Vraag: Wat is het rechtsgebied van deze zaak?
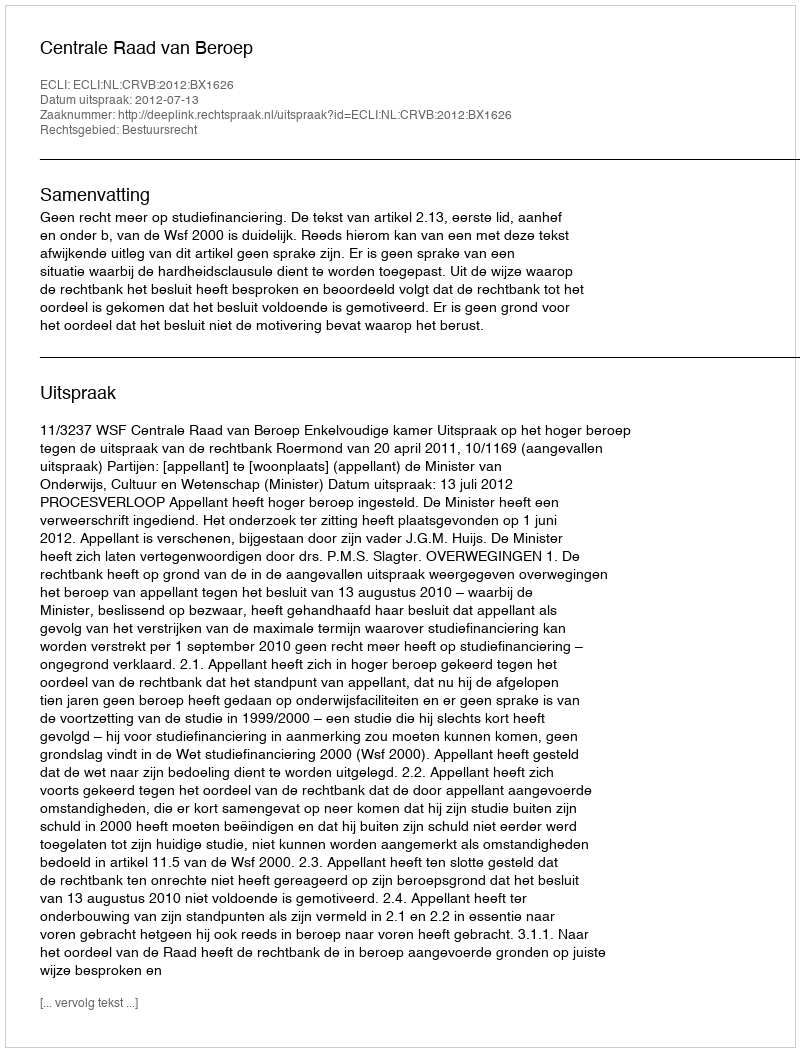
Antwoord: Bestuursrecht